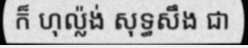
ក៏ ហុល្ល៉ង់ សុទ្ធសឹង ជា